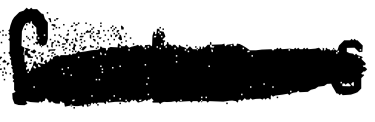
Text: features
Cross-out: scratch
Writing tool: digital_black